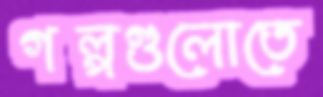
গল্পগুলোতে